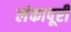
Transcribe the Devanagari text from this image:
लंकापूरी